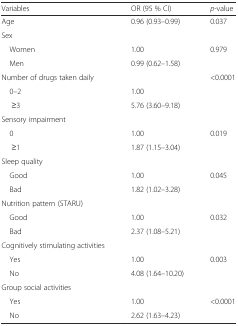
| Variables | OR (95 % CI) | p-value |
 | --- | --- | --- |
 | Age | 0.96 (0.93–0.99) | 0.037 |
 | Sex |  |  |
 | Women | 1.00 | <ROWSPAN=2> 0.979 |
 | Men | 0.99 (0.62–1.58) |
 | Number of drugs taken daily |  | <ROWSPAN=3> <0.0001 |
 | 0–2 | 1.00 |
 | ≥3 | 5.76 (3.60–9.18) |
 | Sensory impairment |  |  |
 | 0 | 1.00 | <ROWSPAN=2> 0.019 |
 | ≥1 | 1.87 (1.15–3.04) |
 | Sleep quality |  |  |
 | Good | 1.00 | <ROWSPAN=2> 0.045 |
 | Bad | 1.82 (1.02–3.28) |
 | Nutrition pattern (STARU) |  |  |
 | Good | 1.00 | <ROWSPAN=2> 0.032 |
 | Bad | 2.37 (1.08–5.21) |
 | Cognitively stimulating activities |  |  |
 | Yes | 1.00 | <ROWSPAN=2> 0.003 |
 | No | 4.08 (1.64–10.20) |
 | Group social activities |  |  |
 | Yes | 1.00 | <ROWSPAN=2> <0.0001 |
 | No | 2.62 (1.63–4.23) |